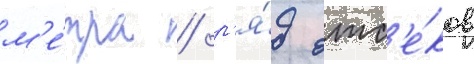
м'е́тра / р'я́д отс'е́ков